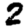
Digit: 2